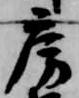
房